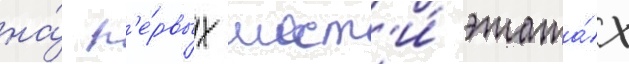
на́ п'е́рвых шест'и́ этажа́х